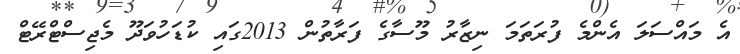
އެ މައްސަލަ އެންމެ ފުރަތަމަ ނިޒާރު މޫސާގެ ފަރާތުން 2013ގައި ކުޑަހުވަދޫ މެޖިސްޓްރޭޓް